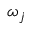
\omega _ { j }